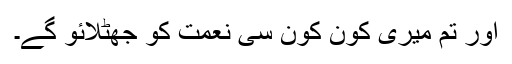
اور تم میری کون کون سی نعمت کو جھٹلائو گے۔